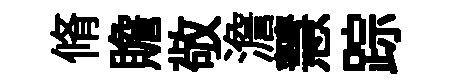
脩贍敬澹慧踪